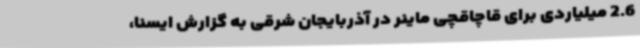
2.6 میلیاردی برای قاچاقچی ماینر در آذربایجان شرقی به گزارش ایسنا،